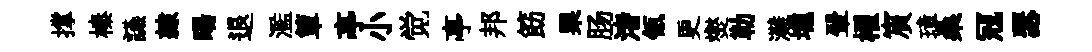
撑榛讌隷暘退濫簞亭小觉亭邦筯栗肠渚瓴更爕勒灘壎翬櫂賔璋桑冦瑟